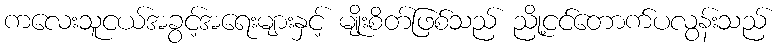
ကလေးသူငယ်အခွင့်အရေးများနှင့် မျိုးစိတ်ဖြစ်သည် ညို့ငင်တောက်ပလွန်းသည်